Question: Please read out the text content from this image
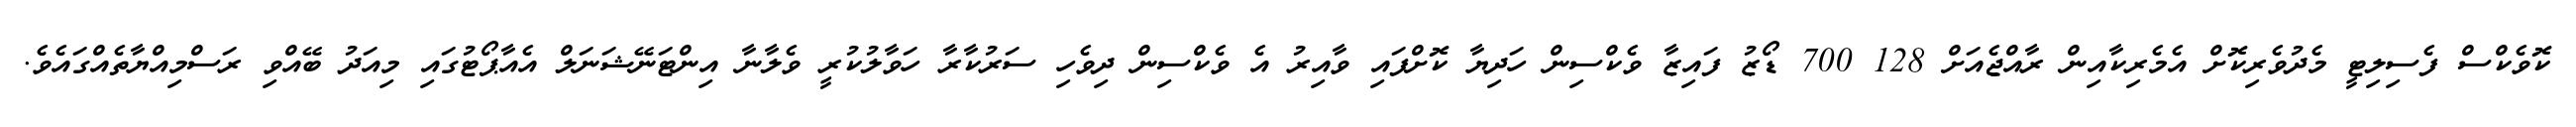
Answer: ކޮވެކްސް ފެސިލިޓީ މެދުވެރިކޮށް އެމެރިކާއިން ރާއްޖެއަށް 128 700 ޑޯޒު ފައިޒާ ވެކްސިން ހަދިޔާ ކޮށްފައި ވާއިރު އެ ވެކްސިން ދިވެހި ސަރުކާރާ ހަވާލުކުރީ ވެލާނާ އިންޓަނޭޝަނަލް އެއާޕޯޓުގައި މިއަދު ބޭއްވި ރަސްމިއްޔާތެއްގައެވެ.